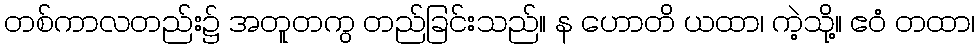
တစ်ကာလတည်း၌ အတူတကွ တည်ခြင်းသည်။ န ဟောတိ ယထာ၊ ကဲ့သို့။ ဧဝံ တထာ၊